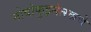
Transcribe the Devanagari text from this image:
नोवोकुझ्नेत्स्कचे